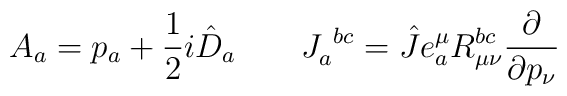
A_a = p_a+\frac{1}{2}i\hat{D}_a \qquad J_a^{~bc} = \hat{J} e^\mu_a 	R_{\mu\nu}^{bc} \frac{\partial}{\partial p_\nu}